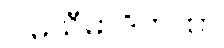
ဂါမသီမာဒိကထာ